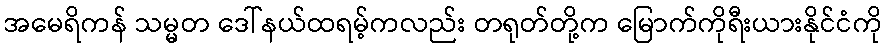
အမေရိကန် သမ္မတ ဒေါ်နယ်ထရမ့်ကလည်း တရုတ်တို့က မြောက်ကိုရီးယားနိုင်ငံကို